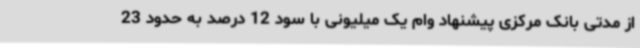
از مدتی بانک مرکزی پیشنهاد وام یک میلیونی با سود 12 درصد به حدود 23